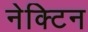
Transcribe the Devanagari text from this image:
नेक्टिन